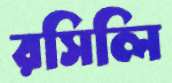
রসিলি